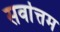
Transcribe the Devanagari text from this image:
सर्वाेत्तम